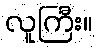
လူကြီး။